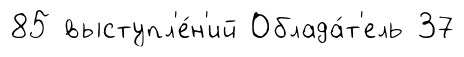
85 выступл'е́н'ий Облада́т'ель 37